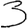
Digit: 3